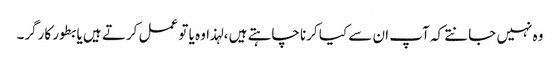
وہ نہیں جانتے کہ آپ ان سے کیا کرنا چاہتے ہیں ، لہذا وہ یا تو عمل کرتے ہیں یا بطور کارگر۔